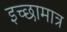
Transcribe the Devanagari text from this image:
इच्छामात्र